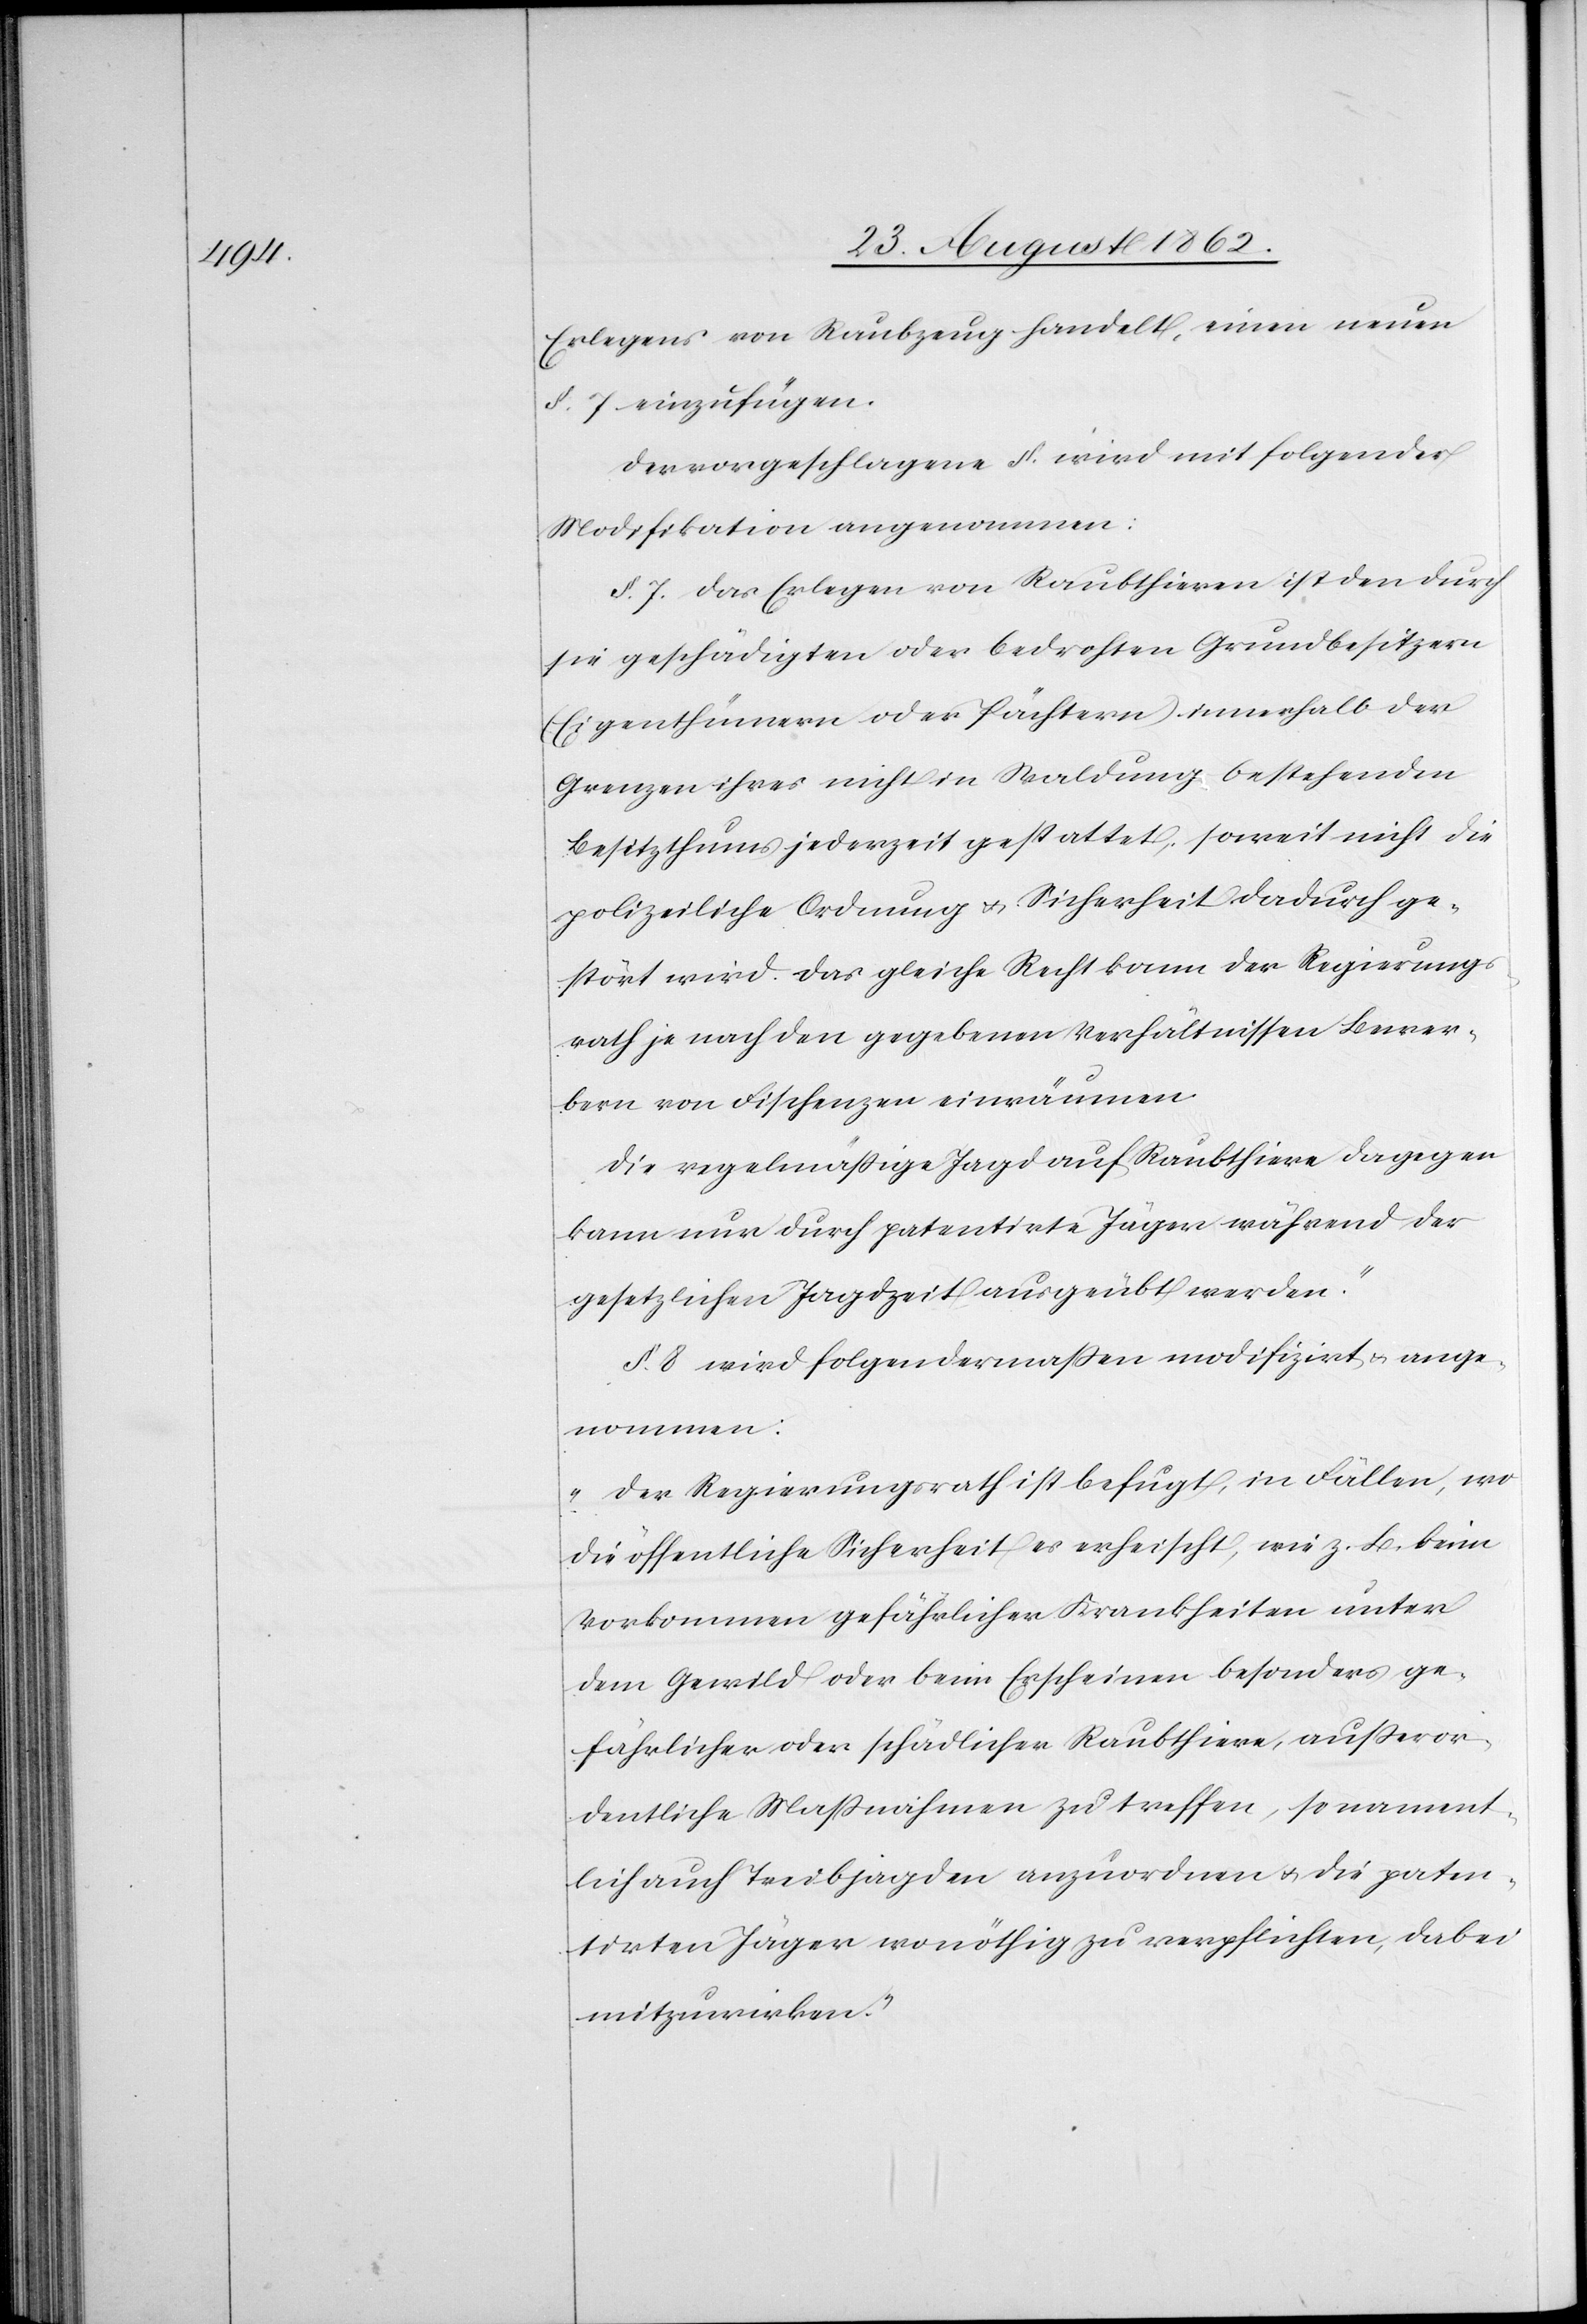
Erlegens von Raubzeug handelt, einen neuen
§. 7 einzufügen.
Der vorgeschlagene §. wird mit folgender
Modifikation angenommen:
§. 7 [„]Das Erlegen von Raubthieren ist den durch
sie geschädigten oder bedrohten Grundbesitzern
(Eigenthümern oder Pächtern) innerhalb der
Grenzen ihres nicht in Waldung bestehenden
Besitzthums jederzeit gestattet, soweit nicht die
polizeiliche Ordnung u. Sicherheit dadurch ge¬
stört wird. Das gleiche Recht kann der Regierungs¬
rath je nach den gegebenen Verhältnissen Bewer¬
bern von Fischenzen einräumen.
Die regelmäßige Jagd auf Raubthiere dagegen
kann nur durch patentirte Jäger während der
gesetzlichen Jagdzeit ausgeübt werden.“
§. 8 wird folgendermaßen modifizirt u. ange¬
nommen:
„Der Regierungsrath ist befugt, in Fällen, wo
die öffentliche Sicherheit es erheischt, wie z. B. beim
Vorkommen gefährlicher Krankheiten unter
dem Gewild oder beim Erscheinen besonders ge¬
fährlicher oder schädlicher Raubthiere, außeror¬
dentliche Maßnahmen zu treffen, so nament¬
lich auch Treibjagden anzuordnen u. die paten¬
tirten Jäger wo nöthig zu verpflichten, dabei
mitzuwirken.“